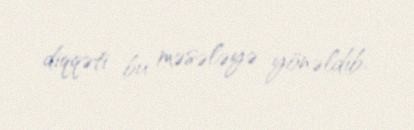
diqqəti bu məsələyə yönəldib.